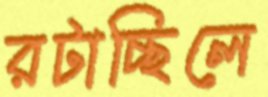
রটাচ্ছিলে